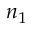
n _ { 1 }